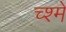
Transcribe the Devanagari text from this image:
च्श्मे